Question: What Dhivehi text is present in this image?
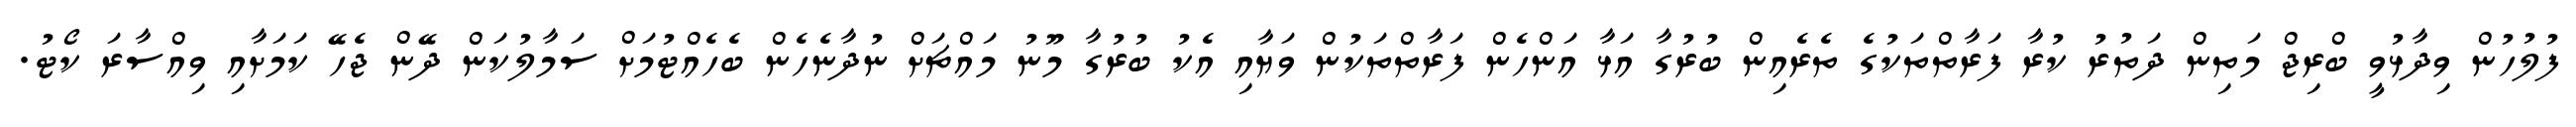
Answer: ފުލުހުން ވިދާޅުވީ ބްރިޖް މަތިން ދަތުރު ކުރާ ފަރާތްތަކުގެ ތެރެއިން ބުރުގާ އަޅާ އަންހެން ފަރާތްތަކުން ވަޔާއި އެކު ބުރުގާ މޫނު މައްޗަށް ނުދާނެހެން ބެހެއްޓުމަށް ސަމާލުކަން ދޭން ޖެހޭ ކަމަށާއި ވިއްސާރަ ކޯޓު.